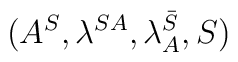
(A^S, \lambda^{SA}, \lambda^{\bar S}_A, S)